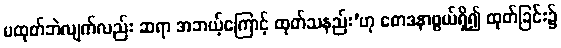
မထုတ်ဘဲလျက်လည်း ဆရာ အဘယ့်ကြောင့် ထုတ်သနည်း’ဟု စောဒနာဖွယ်ရှိ၍ ထုတ်ခြင်း၌